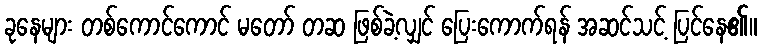
ခုနေများ တစ်ကောင်ကောင် မတော် တဆ ဖြစ်ခဲ့လျှင် ပြေးကောက်ရန် အဆင်သင့် ပြင်နေ၏။